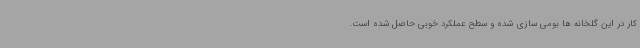
کار در این گلخانه ها بومی سازی شده و سطح عملکرد خوبی حاصل شده است.